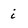
Character: i